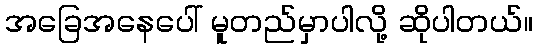
အခြေအနေပေါ် မူတည်မှာပါလို့ ဆိုပါတယ်။